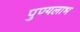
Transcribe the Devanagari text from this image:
पुण्यलाभ